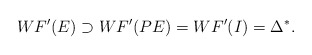
\begin{align*}WF'(E)\supset WF'(PE) =WF'(I) =\Delta^\ast.\end{align*}